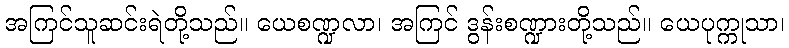
အကြင်သူဆင်းရဲတို့သည်။ ယေစဏ္ဍလာ၊ အကြင် ဒွန်းစဏ္ဍားတို့သည်။ ယေပုက္ကုသာ၊